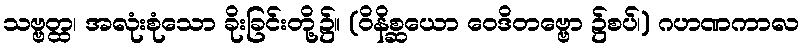
သဗ္ဗတ္ထ၊ အလုံးစုံသော ခိုးခြင်းတို့၌။ (ဝိနိစ္ဆယော ဝေဒိတဗ္ဗော ၌စပ်၊) ဂဟဏကာလ